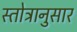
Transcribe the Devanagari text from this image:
स्तोत्रानुसार